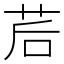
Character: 茩